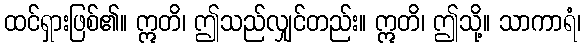
ထင်ရှားဖြစ်၏။ ဣတိ၊ ဤသည်လျှင်တည်း။ ဣတိ၊ ဤသို့။ သာကာရံ၊